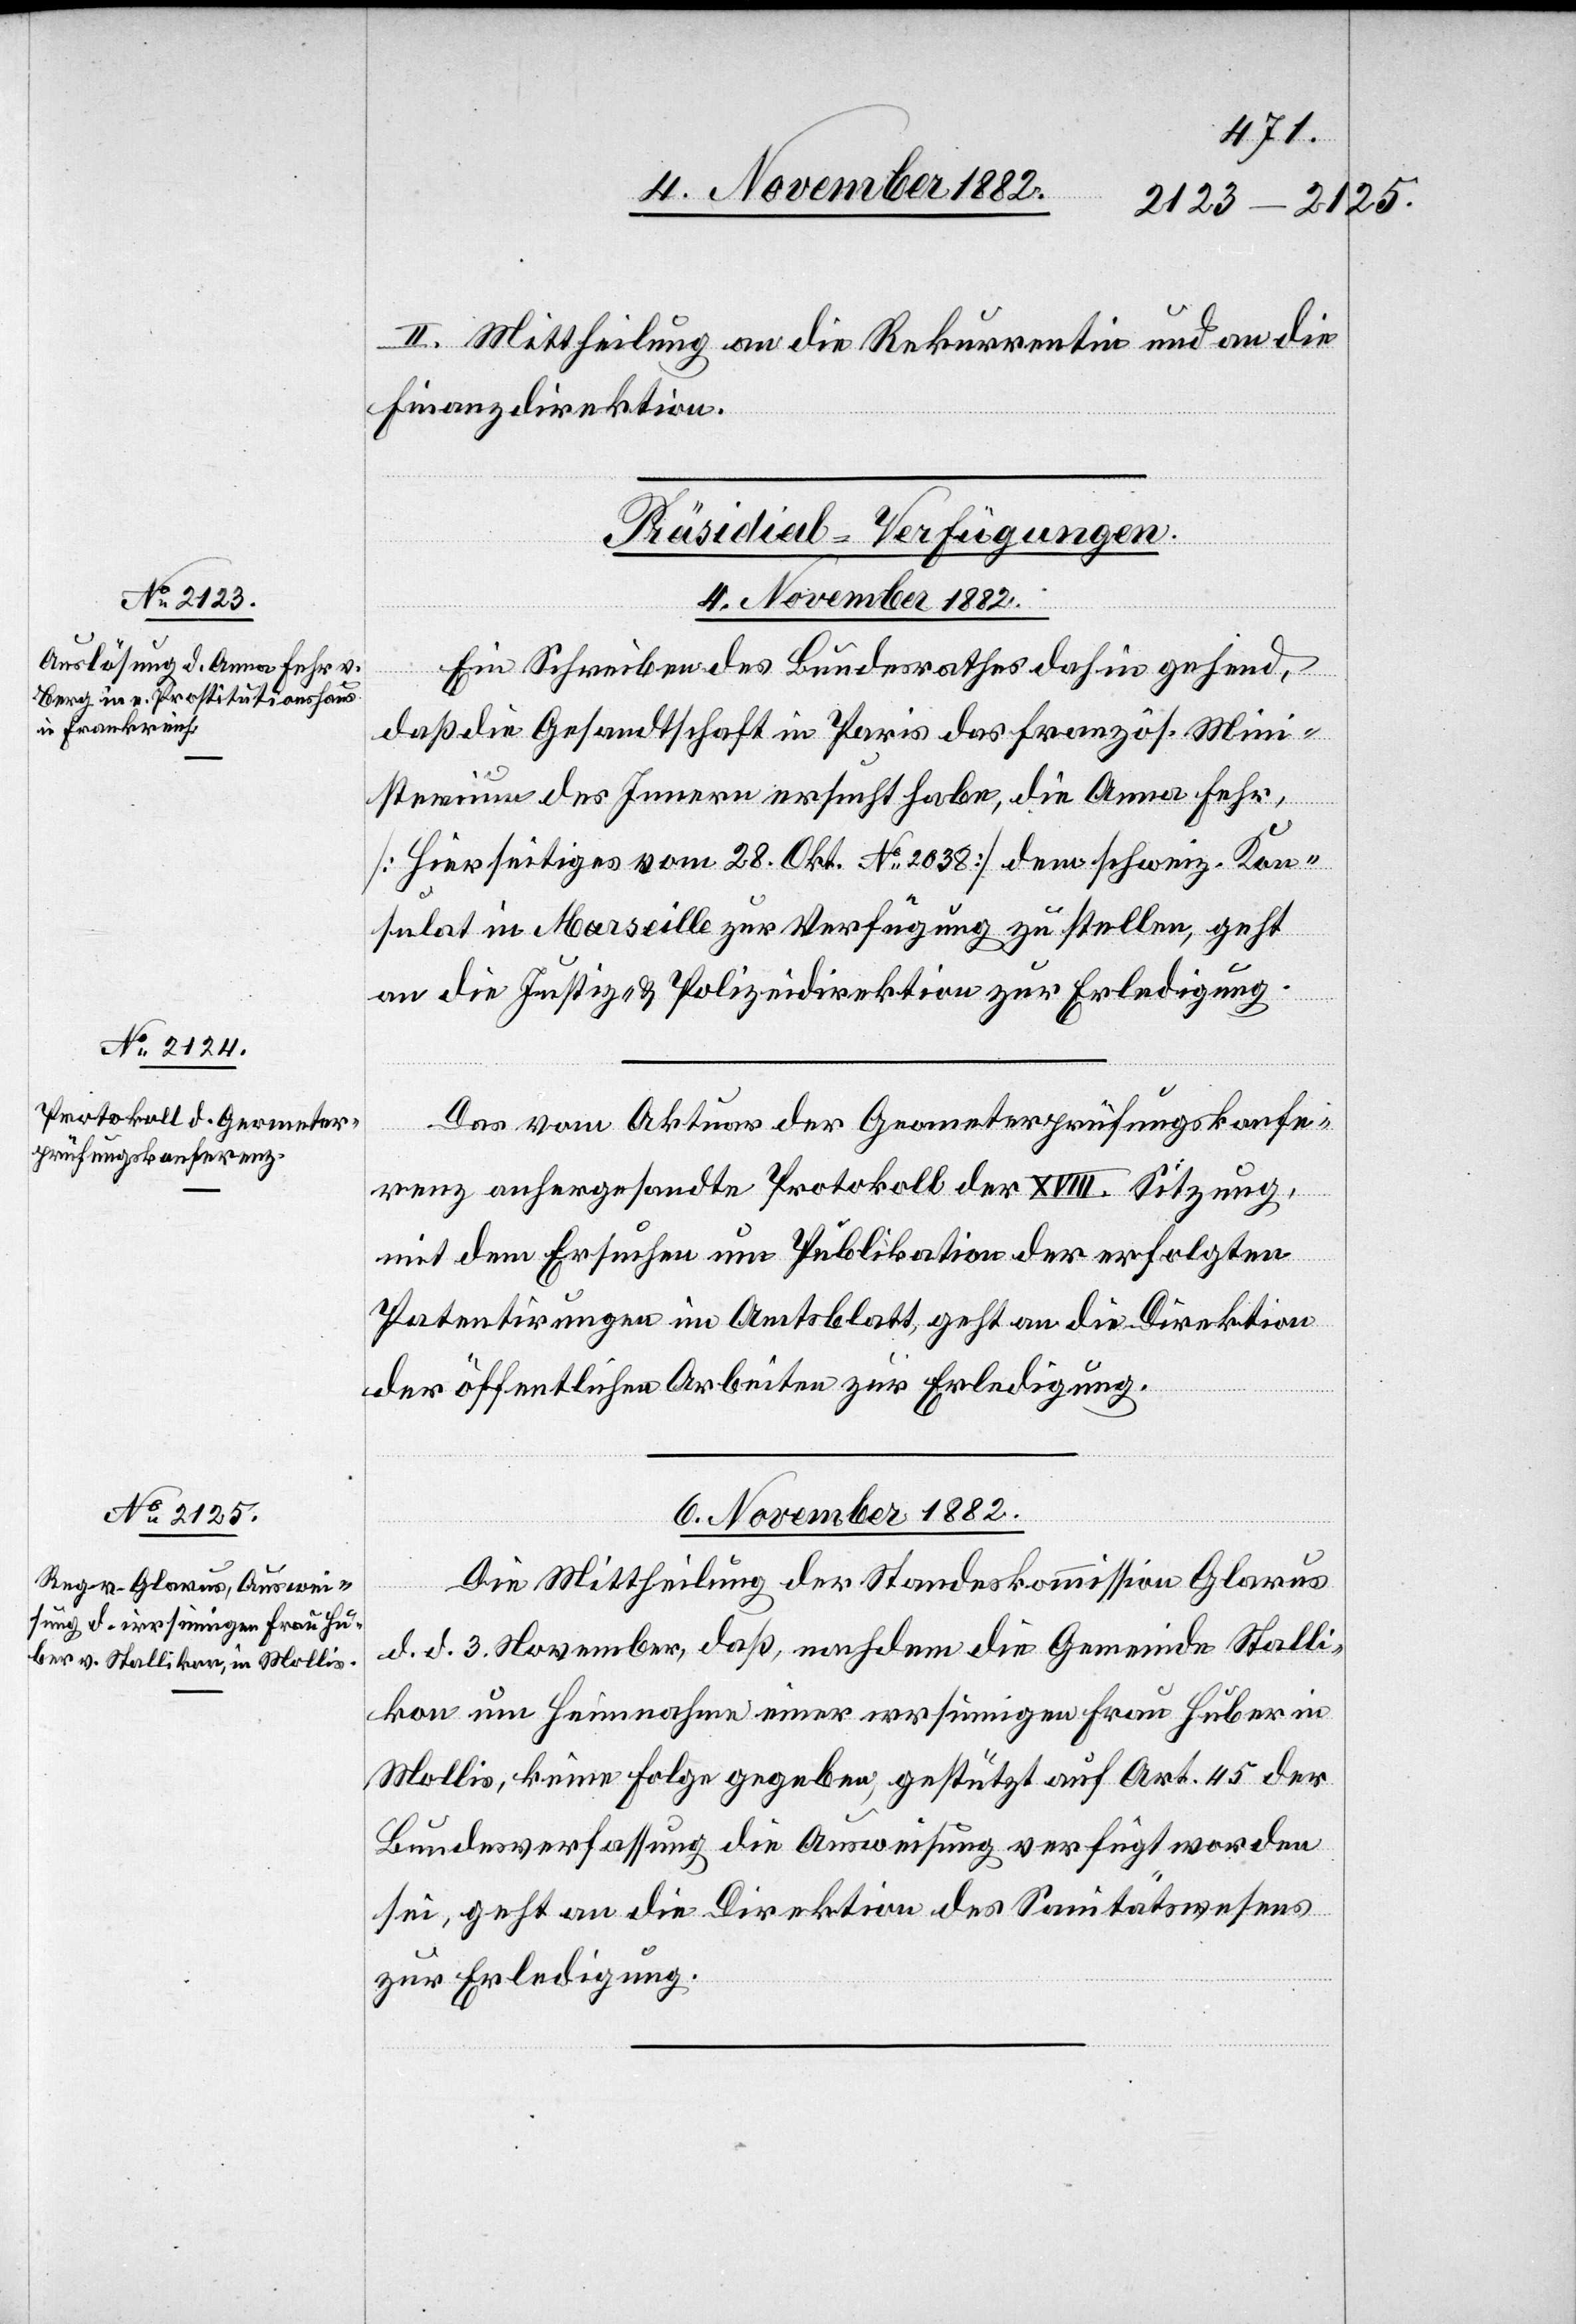
II. Mittheilung an die Rekurrentin und an die
Finanzdirektion.
[Präsidial-Verfügungen.]
6. November 1882.
Ein Schreiben des Bundesrathes dahin gehend,
daß die Gesandtschaft in Paris das französ. Mini¬
sterium des Innern ersucht habe, die Anna Fehr,
[Hierseitiges vom 28. Okt. No 2038] dem schweiz. Kon¬
sulat in Marseille zur Verfügung zu stellen, geht
an die Justiz- & Polizeidirektion zur Erledigung.
Das vom Akteur der Geometerprüfungskonfe¬
renz anhergesandte Protokoll der XVIII. Sitzung,
mit dem Ersuchen um Publikation der erfolgten
Patentirung im Amtsblatt, geht an die Direktion
der öffentlichen Arbeiten zur Erledigung.
Die Mittheilung der Standeskommission Glarus
d. d. 3. November, daß nachdem die Gemeinde Stalli¬
kon um Heimnahme einer irrsinnigen Frau Huber in
Mollis, keine Folge gegeben, gestützt auf Art. 45 der
Bundesverfassung die Ausweisung verfügt worden
sei, geht an die Direktion des Sanitätswesens
zur Erledigung.